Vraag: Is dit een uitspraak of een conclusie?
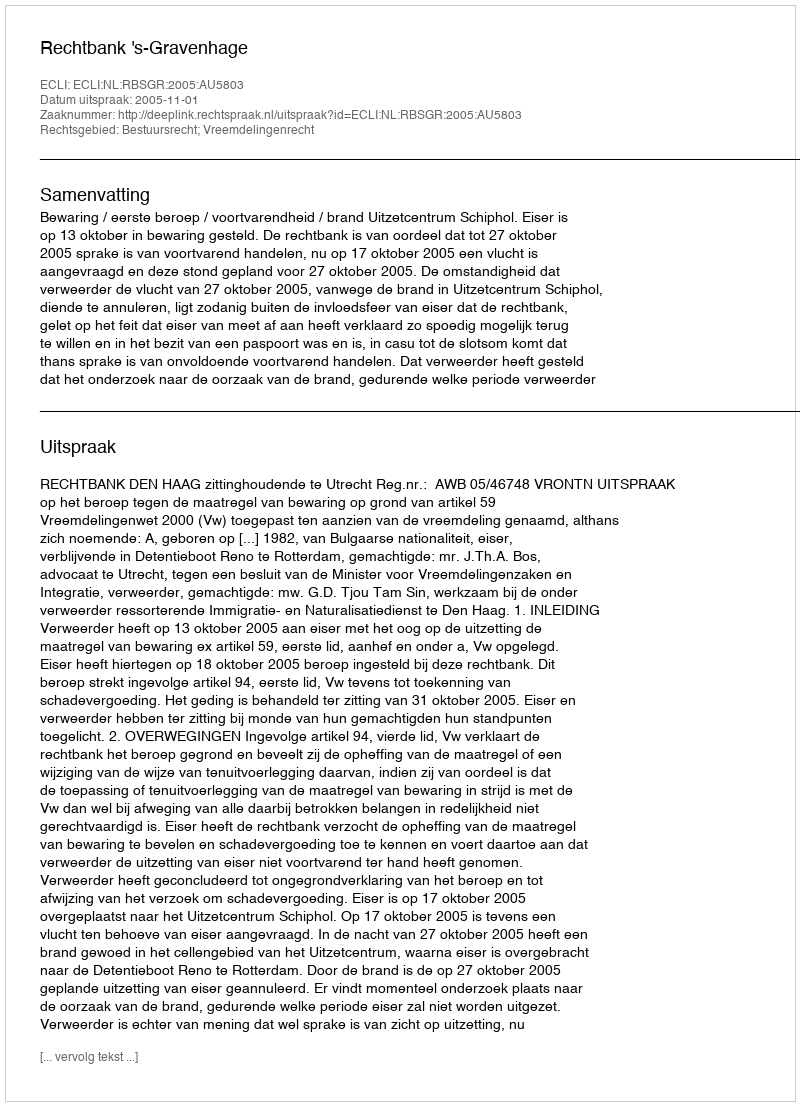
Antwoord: Uitspraak